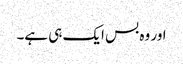
اور وہ بس ایک ہی ہے۔